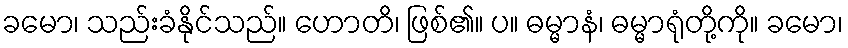
ခမော၊ သည်းခံနိုင်သည်။ ဟောတိ၊ ဖြစ်၏။ ပ။ ဓမ္မာနံ၊ ဓမ္မာရုံတို့ကို။ ခမော၊